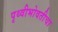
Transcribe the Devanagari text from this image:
पृथ्वीभोवतीचा